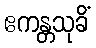
ဧကန္တသုခိံ